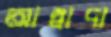
আস্বাদা